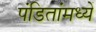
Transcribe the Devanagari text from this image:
पंडितांमध्यें